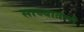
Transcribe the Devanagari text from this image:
साच्यातली